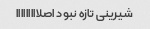
شیرینی تازه نبود اصلااااااااا